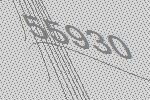
55930